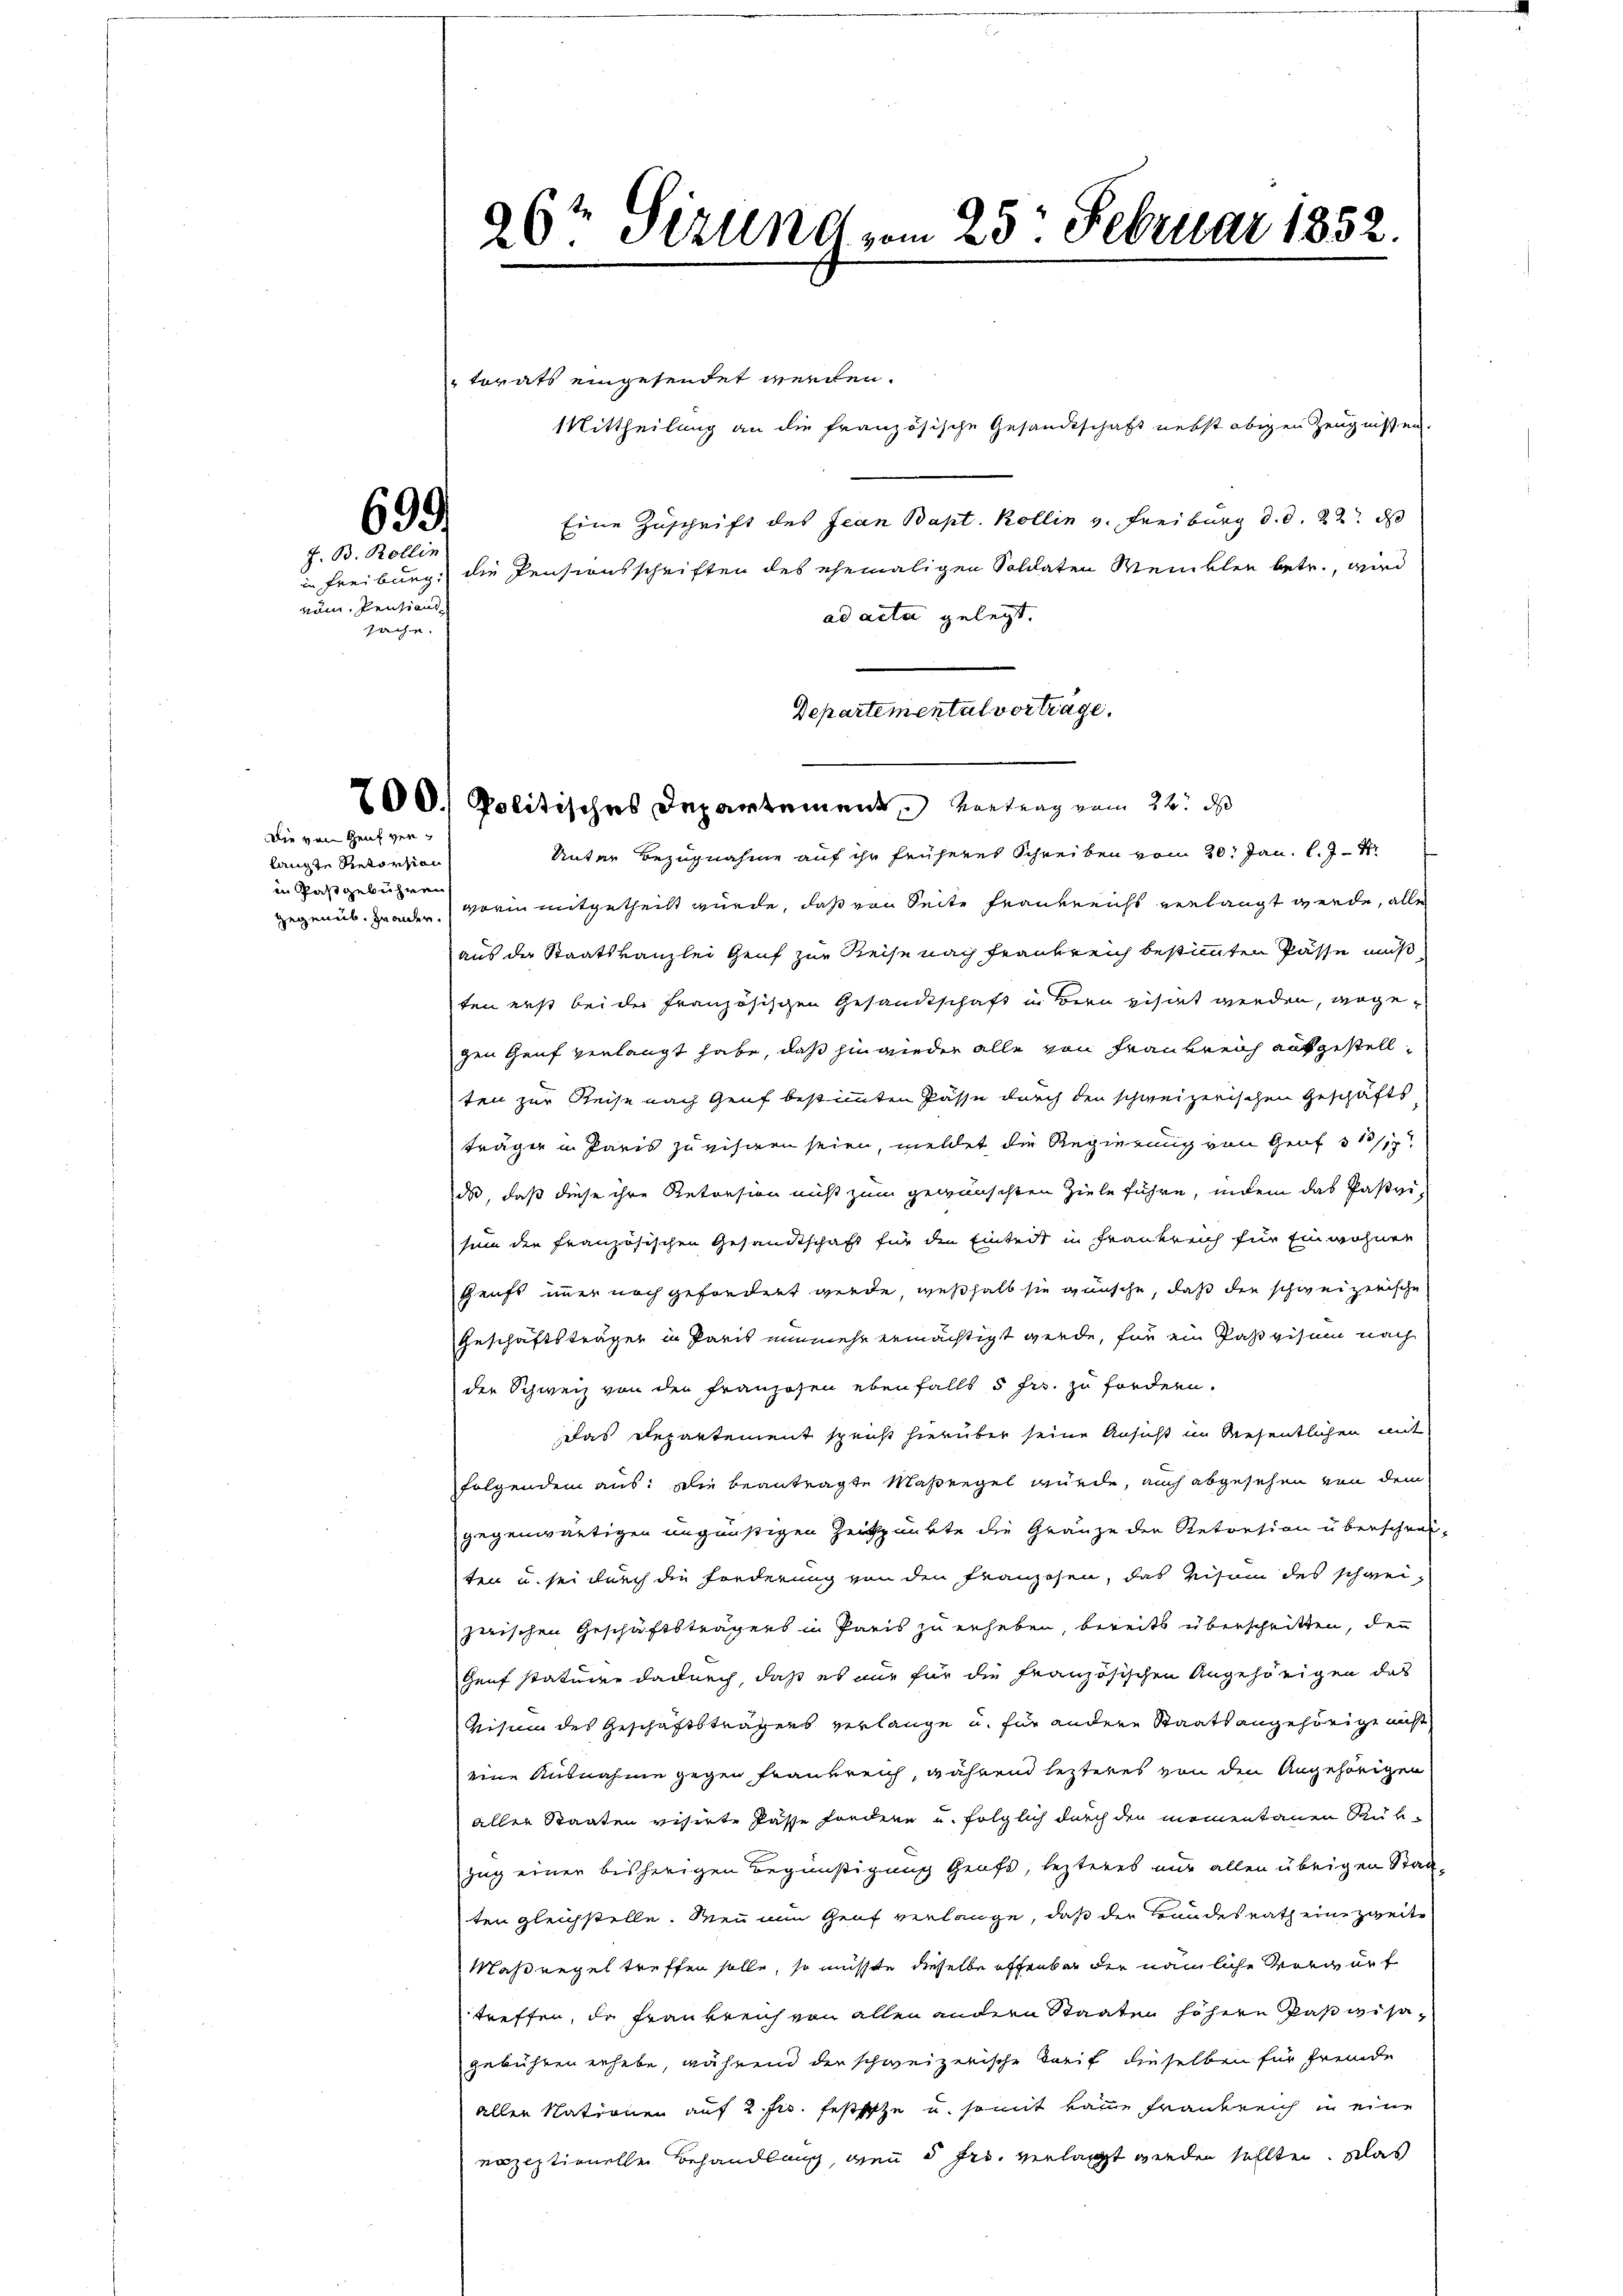
699.

F. B. Rollin
rum, Pension
sache.

langte Retorsion
in Pastgebühren

Die von Genf ver¬

torats eingesendet werden.
Mittheilung an die französische Gesandtschaft nebst obigen Zeugnissen.
Eine Zuschrift des Jean Bapt. Kollin v. Freiburg d. d. 22. ds
in Freiburg, die Pensionsschriften des ehemaligen Soldaten Weinklen betr., wird
ad acta gelegt.
Departemental vorträge.
Unter Bezugnahme auf ihr früheres Schreiben vom 20. Jan. l. J
gegenüb. Granden worin mitgetheilt wurde, daß von Seite Frankreichs verlangt werde, alle
aus der Staatskanzlei Genf zur Reise nach Frankreich bestimmten Pässe muß
ten erst bei der französischen Gesandtschaft in Bern visirt werden, wogegen Genf verlangt habe, daß hinwieder alle von Frankreich aufgestellten zur Reise nach Genf bestimmten Pässe durch den schweizerischen Geschäfts
träger in Paris zu eisen seien, meldet die Regierung von Grof 3 1/1
da, daß diese ihre Reteesion nicht zum gewünschten Ziele führe, indem das Paßvisum die französischen Gesandtschaft für den Eintedt in Frankreich für Einwohner
Geufs immer noch gefordert werde, weßhalb sie wünsche, daß die schweizerische
Geschäftsträger in Paris nunmehr ermächtigt werde, für ein Paßvisum nach
der Schweiz von den Franzosen ebenfalls 5 Fr. zu fordern.
das Departement spricht hierüber seine Ansicht im Riesentlichen mit
folgendem aus: Die beantragte Maßregel würde, auch abgesehen von dem
gegenwärtigen ungünstigen Zeitpunkte die Gränze der Retorsion überschrei-
ten u. sei durch die Forderung von den Franzosen, das Visum des schwei
zerischen Geschäftsträgens in Paris zu erheben, bereits überschritten, den
Genf statuire dadurch, daß es nur für die Französischen Angehörigen das
Visum des Geschäftsträgers verlange u. für andere Staatsangehörige nicht
eine Ausnahme gegen Frankreich, während lezteres von den Angehörigen
aller Staaten visirte Pässe sondern und folglich durch den meinentanen Rük¬
Zug einer bisherigen Begünstigung Grafs, lezteres nur allen übrigen Staaten gleichstelle. Wen nun Genf verlange, daß der Bundesrath eine zweite
Maßregel treffen solle, so müsste dieselbe offenbar der nämliche Vorwurf
treffen, da Frankreich von allen andern Staaten höhern Paßivisagebühren erhebe, während der schweizerische Tarif dieselben für fremde
aller Nationen auf 2. Frs. festsetze u. somit keine Frankreich in eine
rezeptionelle Behandlung, den 5 frs. verlagt werden sollten. Klas

26t Sirung vom 25. Februar 1852.

700. Politisches Departement Vertrag vom 22. d